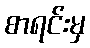
စာရင်းမှ